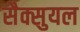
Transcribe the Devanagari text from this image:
सैक्सुयल